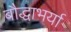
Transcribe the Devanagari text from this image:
बौद्धाभर्या